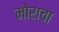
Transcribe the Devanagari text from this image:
मोराचा